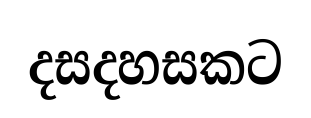
දසදහසකට